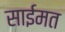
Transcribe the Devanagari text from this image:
साईमत